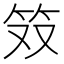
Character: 𫁷